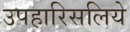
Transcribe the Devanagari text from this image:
उपहारिसलिये